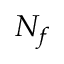
N _ { f }